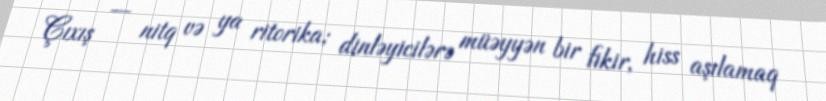
Çıxış — nitq və ya ritorika; dinləyicilərə müəyyən bir fikir, hiss aşılamaq